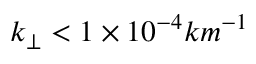
k _ { \perp } < 1 \times 1 0 ^ { - 4 } k m ^ { - 1 }